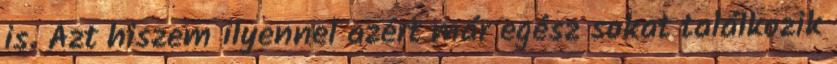
is. Azt hiszem ilyennel azért már egész sokat találkozik